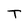
Character: T